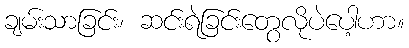
ချမ်းသာခြင်း၊ ဆင်းရဲခြင်းတွေလိုပဲပေါ့ဟာ။